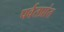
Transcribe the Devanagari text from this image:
पर्वतप्रांत